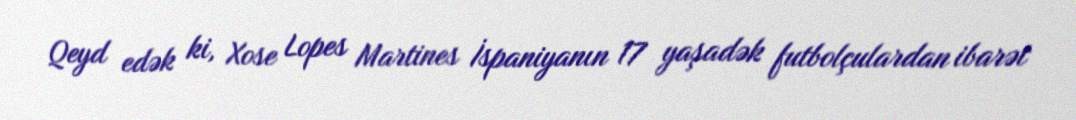
Qeyd edək ki, Xose Lopes Martines İspaniyanın 17 yaşadək futbolçulardan ibarət